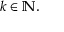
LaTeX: k \in \mathbb { N } .